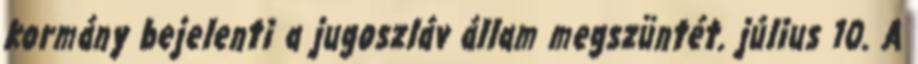
kormány bejelenti a jugoszláv állam megszüntét. július 10. A